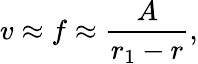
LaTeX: v\approx f\approx\frac{A}{r_{1}-r},